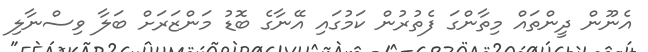
އެނޫން ދީންތައް މިތާންގަ ފެތުރުން ކަމުގައި އޭނާގެ ބޮޑު މަންޒަރަށް ބަލާ ވިސްނާލި